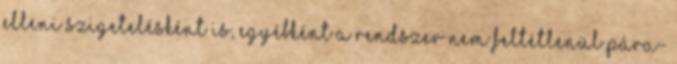
elleni szigetelésként is, egyébként a rendszer nem feltétlenül pára-